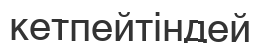
кетпейтіндей